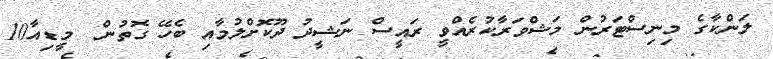
ލަންކާގެ މިނިސްޓަރުން މަޝްވަރާކުރެއްވީ ރައީސް ނަޝީދު ދޫކޮށްލުމާއި ބެހޭ ގޮތުން  މީޑިއާ10